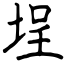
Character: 埕